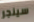
سينجر